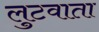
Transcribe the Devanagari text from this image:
लुटवाता